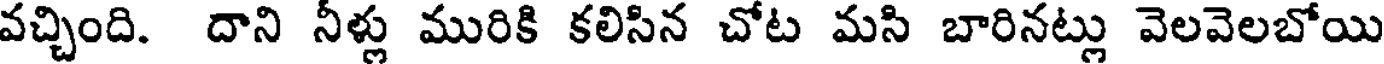
వచ్చింది. దాని నీళ్లు మురికి కలిసిన చోట మసి బారినట్లు వెలవెలబోయి